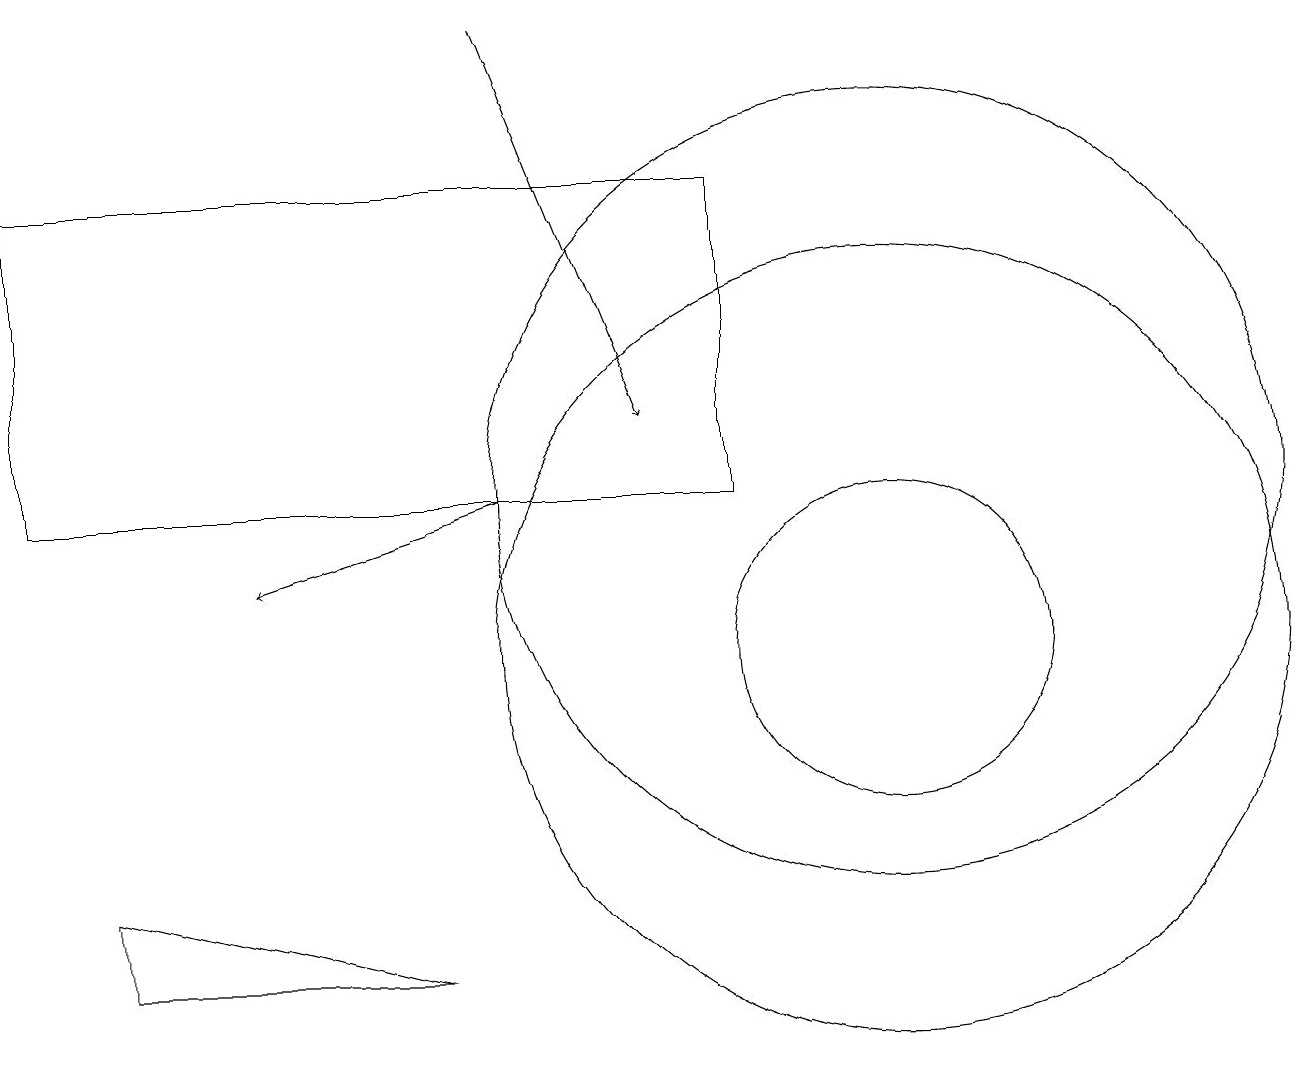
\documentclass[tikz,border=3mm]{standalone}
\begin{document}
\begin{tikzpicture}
\draw[->] (6,18) -- (8,13);
\draw[->] (6,12) -- (3,11);
\draw (11,10) circle (5);
\draw (11,10) circle (2);
\draw (1,6) -- (5,6) -- (1,7) -- cycle;
\draw (11,12) circle (5);
\draw (0,12) rectangle (9,16);
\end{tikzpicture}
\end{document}